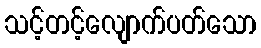
သင့်တင့်လျောက်ပတ်သော